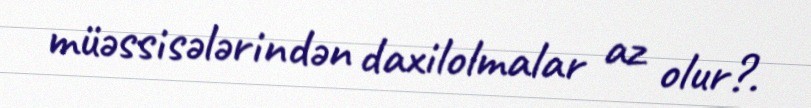
müəssisələrindən daxilolmalar az olur?.